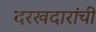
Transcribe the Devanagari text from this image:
दरखदारांची